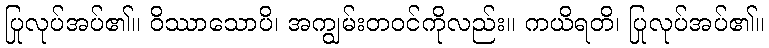
ပြုလုပ်အပ်၏။ ဝိဿာသောပိ၊ အကျွမ်းတဝင်ကိုလည်း။ ကယိရတိ၊ ပြုလုပ်အပ်၏။